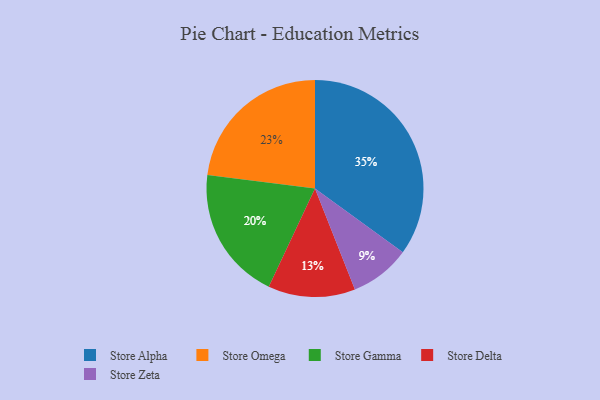
{"axis": {"x": "Category", "y": "Percentage"}, "legend": ["Store Alpha", "Store Delta", "Store Gamma", "Store Omega", "Store Zeta"], "data": [{"x": "Store Omega", "y": 23, "type": "Store Omega"}, {"x": "Store Gamma", "y": 20, "type": "Store Gamma"}, {"x": "Store Zeta", "y": 9, "type": "Store Zeta"}, {"x": "Store Delta", "y": 13, "type": "Store Delta"}, {"x": "Store Alpha", "y": 35, "type": "Store Alpha"}]}